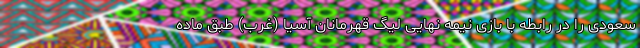
سعودی را در رابطه با بازی نیمه نهایی لیگ قهرمانان آسیا (غرب) طبق ماده